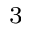
^ { 3 }